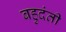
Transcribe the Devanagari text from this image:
बहुदंती